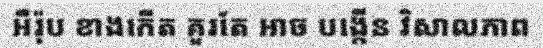
អឺរ៉ុប ខាងកើត គួរតែ អាច បង្កើន វិសាលភាព